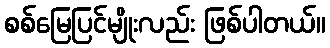
စစ်မြေပြင်မျိုးလည်း ဖြစ်ပါတယ်။